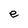
Character: e